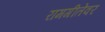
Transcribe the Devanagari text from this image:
रामगीतेवर